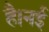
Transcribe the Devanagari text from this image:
है।नई